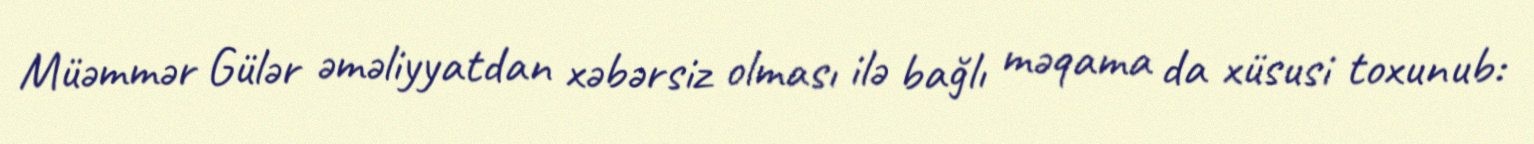
Müəmmər Gülər əməliyyatdan xəbərsiz olması ilə bağlı məqama da xüsusi toxunub: